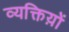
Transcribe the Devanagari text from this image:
व्यक्तिय़ों